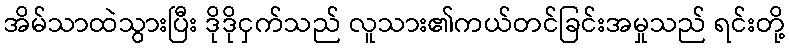
အိမ်သာထဲသွားပြီး ဒိုဒိုငှက်သည် လူသား၏ကယ်တင်ခြင်းအမှုသည် ရင်းတို့